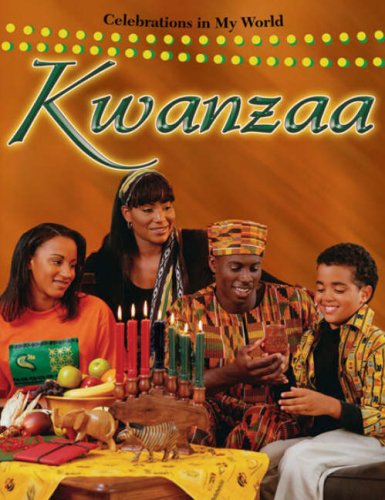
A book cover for Kwanzaa (Celebrations in My World); Molly Aloian; Children's Books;